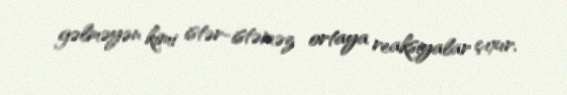
gəlməyən kimi istər-istəməz ortaya reaksiyalar çıxır.